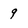
Character: 9